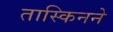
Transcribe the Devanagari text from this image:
तास्किनने